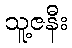
သူ့ဇနီး